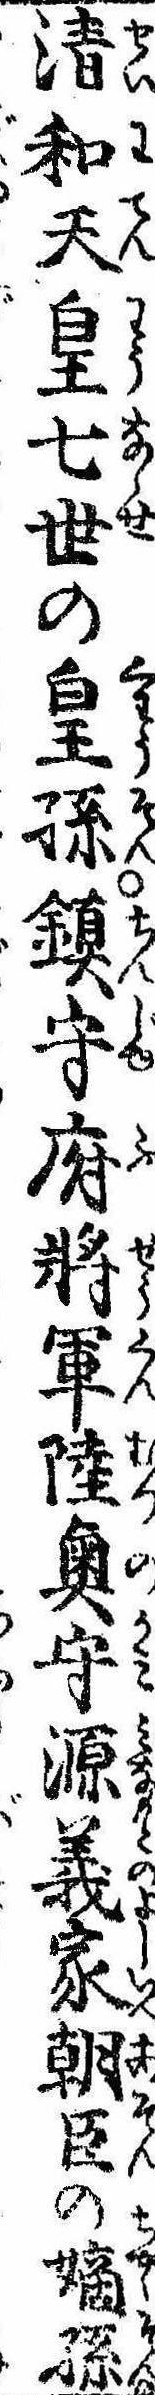
清和天皇七世の皇孫鎮守府将軍陸奥守源義家朝臣の嫡孫